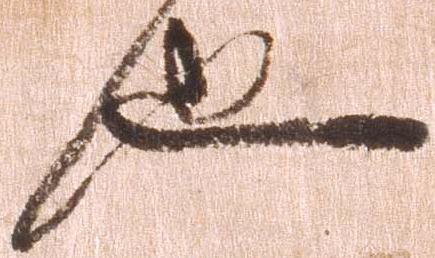
也